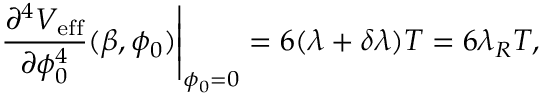
\left. \frac { \partial ^ { 4 } V _ { \mathrm { e f f } } } { \partial \phi _ { 0 } ^ { 4 } } ( \beta , \phi _ { 0 } ) \right| _ { \phi _ { 0 } = 0 } = 6 ( \lambda + \delta \lambda ) T = 6 \lambda _ { R } T ,